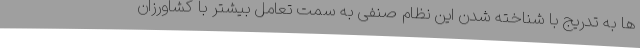
ها به تدریج با شناخته شدن این نظام صنفی به سمت تعامل بیشتر با کشاورزان